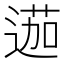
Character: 𨔽